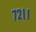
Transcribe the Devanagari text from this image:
७२।।